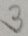
3